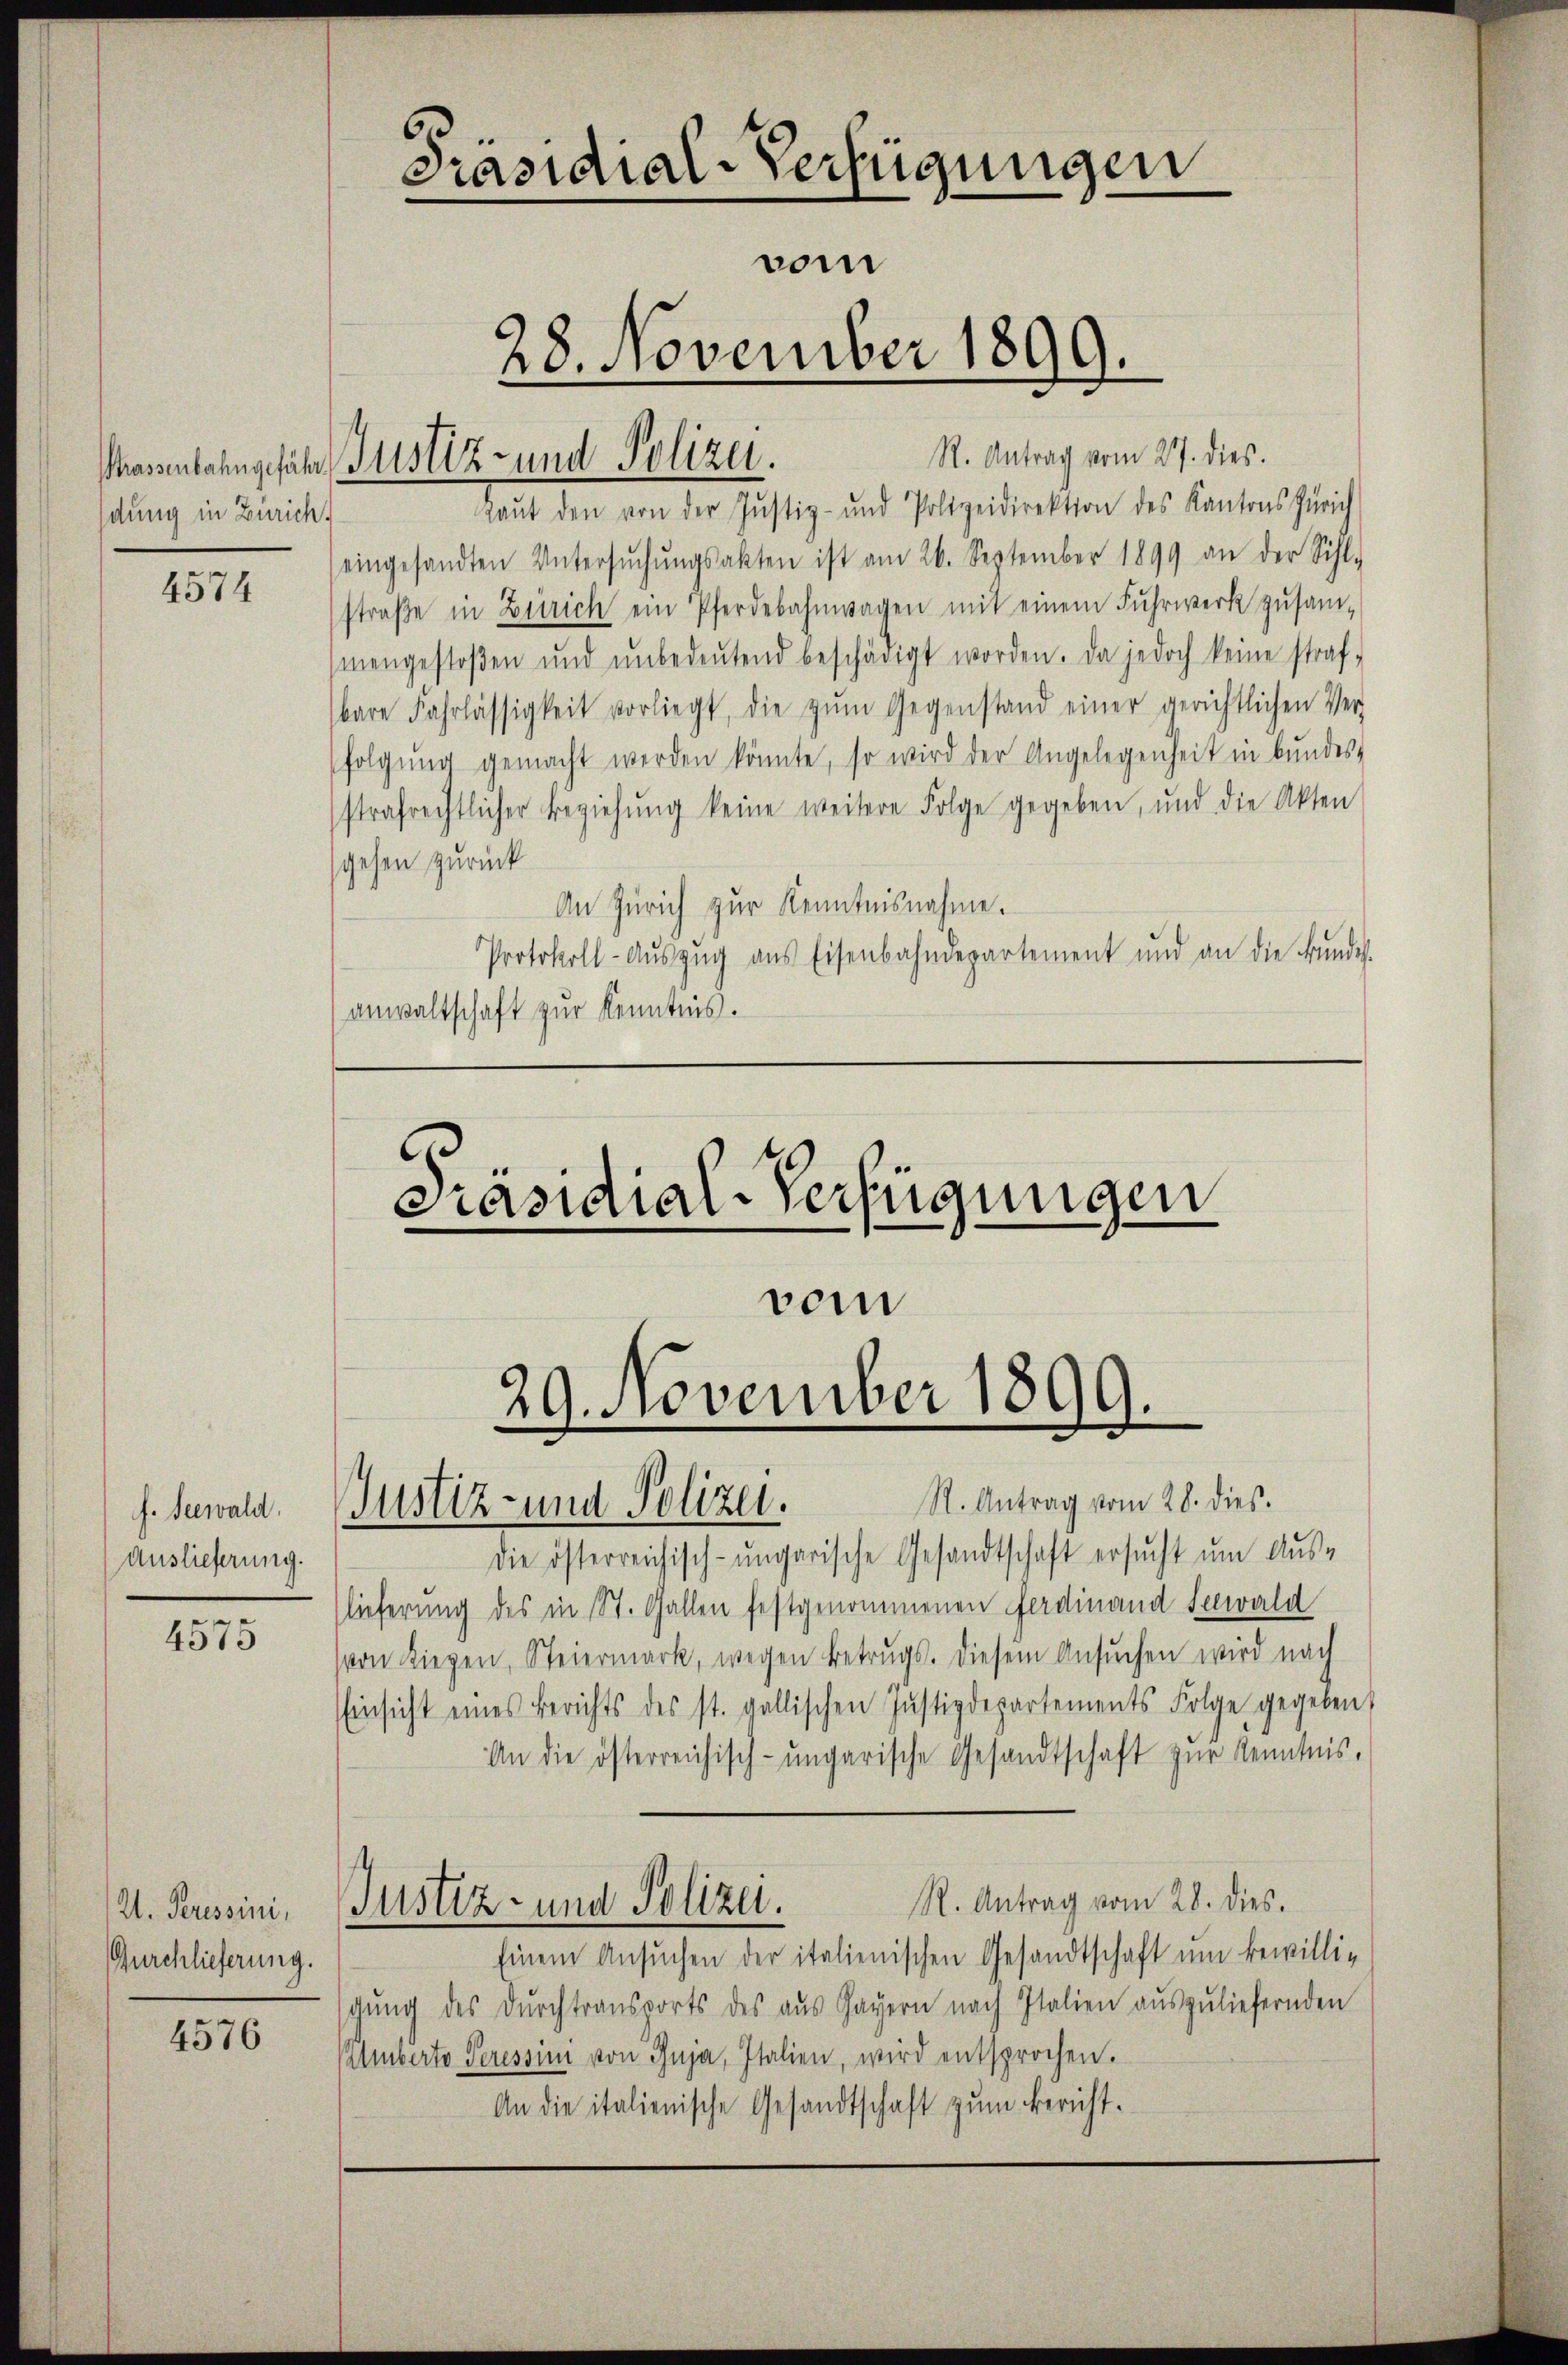
dung in Zürich

4574

f. Seewald.
Auslieferung.

4575

2. Peressini,
Zurchlieferung.

4576

assenbahngefähr Justiz- und Polizei.

Präsidial-Verfügungen
vom
28. November 1899.

R. Antrag vom 27. dies.
gaŭt den von der Justiz- und Polizeidirektion des Kantons Zürich
eingesandten Untersŭchŭngsakten ist am 26. September 1899 an der Sihl.
straβe in Zürich ein Pferdebahnwagen mit einem Fuhrwerk zusam-
mengestoβen ŭnd ŭnbedeŭtend beschädigt worden. Da jedoch keine straf-
bare Fahrlässigkeit vorliegt, die zŭm Gegenstand einer gerichtlichen Ver
folgŭng gemacht werden könnte, so wird der Angelegenheit in bundes-
strafrechtlicher Beziehŭng keine weitere Folge gegeben, und die Akten
gehen zurück
An Zürich zur Kenntnisnahme.
Protokoll-Aŭszŭg ans Eisenbahndepartement und an die Bundes
anwaltschaft zur Kenntnis.
Präsidial-Verfügungen

29. November 1899.
R. Antrag vom 28. dies
Justiz- und Polizei.

vom

die österreichisch-ungarische Gesandtschaft ersŭcht ŭm Aŭs-
lieferung des in St. Gallen festgenommenen Ferdinand Seewald
von Liegen, Steiermark, wegen Betrugs. Diesem Ansŭchen wird nach
Einsicht eines Berichts des st. gallischen Jŭstizdepartements Folge gegeben,
An die österreichisch-ungarische Gesandtschaft zŭr Kenntnis,
R. Antrag vom 28. dies.
Justiz- und Polizei.
Einem Ansuchen der italienischen Gesandtschaft um bewillig
schung des durchtransports des aus Gayern nach Italien auszuliefernden
Amberto Peressini von Inja, Italien, wird entsprochen.
An die italienische Gesandtschaft zŭm Bericht.